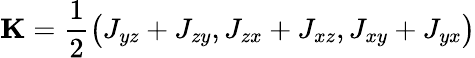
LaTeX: {\mathbf K}=\frac{1}{2}\big(J_{yz}+J_{zy},J_{zx}+J_{xz},J_{xy}+J_{yx}\big)